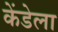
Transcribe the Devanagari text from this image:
केंडेला